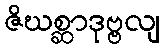
ဇိဃစ္ဆာဒုဗ္ဗလျ